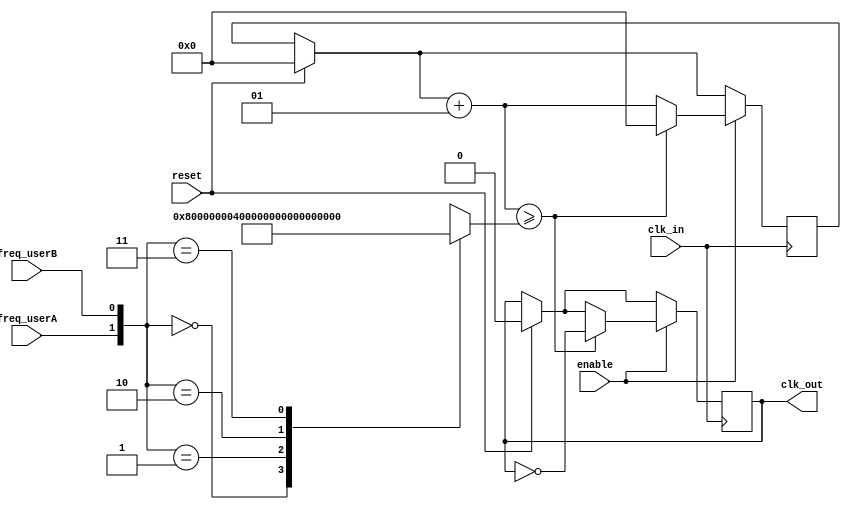
//Clock Divider
//Genera un signal de clock baseado en los valores leidos por dos interruptores
//Kamilla Peixoto 18/01/2023

module clock_divider
(
	input clk_in, enable, reset, freq_userA, freq_userB,// dos bits para leer los interruptores de seleccion de frecuencia
	output reg clk_out
);


	
	
	integer freq_div; // Por cuanto dividiremos la frecuencia original de 50M Hz
	integer count;    // Contador de flancos del reloj - no necesita ser entero, se puede usar una variable que requiere menos espacio
	wire [1:0] freq_user;

	assign freq_user = {freq_userA, freq_userB};


	initial
	begin
		count = 0;
		clk_out <= 0;
	end
	
	
	// Si ha un cambio en los interruptores
	always @(posedge clk_in)
	begin
		
			case (freq_user)
				2'b00: freq_div = 128;
				2'b01: freq_div = 64;
				2'b10: freq_div = 32;	
				2'b11: freq_div = 16;
			endcase

		
		if (reset)
		begin
			count = 0;
			clk_out <= 0;
		end
		if (enable)
		begin
			count = count + 1;
			
			if (count >= freq_div)
			begin
				count = 0;
				clk_out <= ~clk_out;
			end
		end // if (enable == 1'b1)
	end

endmodule